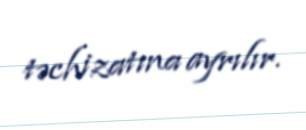
təchizatına ayrılır.